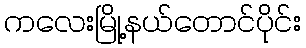
ကလေးမြို့နယ်တောင်ပိုင်း